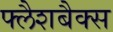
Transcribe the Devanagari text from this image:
फ्लैशबैक्स